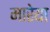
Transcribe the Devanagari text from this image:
मारेया